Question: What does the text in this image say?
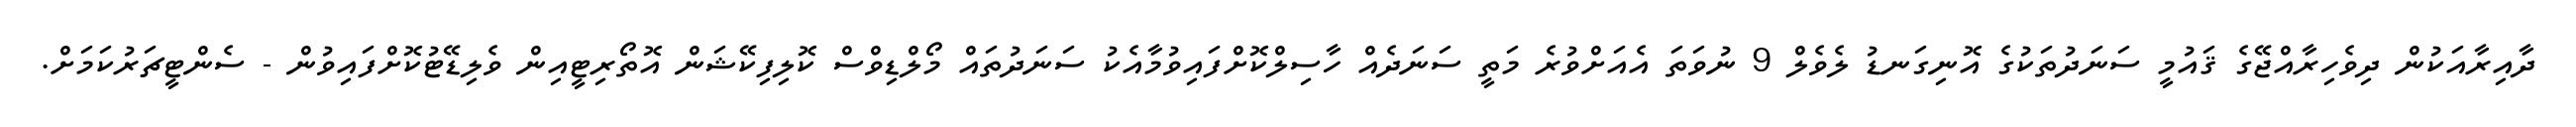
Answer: ދާއިރާއަކުން ދިވެހިރާއްޖޭގެ ޤައުމީ ސަނަދުތަކުގެ އޮނިގަނޑު ލެވެލް 9 ނުވަތަ އެއަށްވުރެ މަތީ ސަނަދެއް ހާސިލްކޮށްފައިވުމާއެކު ސަނަދުތައް މޯލްޑިވްސް ކޮލިފިކޭޝަން އޮތޯރިޓީއިން ވެލިޑޭޓުކޮށްފައިވުން - ސެންޓީޗަރުކަމަށް.